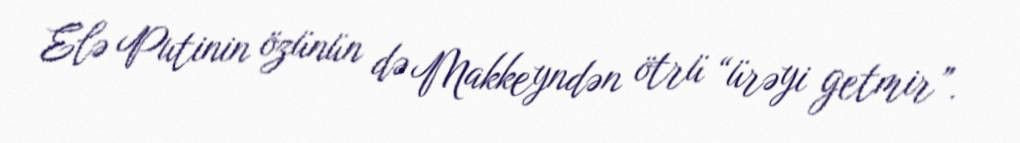
Elə Putinin özünün də Makkeyndən ötrü “ürəyi getmir”.